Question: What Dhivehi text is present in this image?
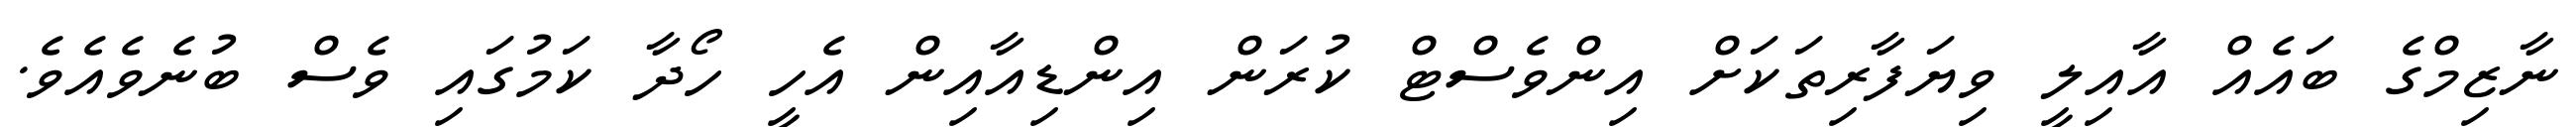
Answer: ނާޒިމްގެ ބައެއް އާއިލީ ވިޔަފާރިތަކަށް އިންވެސްޓް ކުރަން އިންޑިއާއިން އެހީ ހޯދާ ކަމުގައި ވެސް ބުނެވެއެވެ.